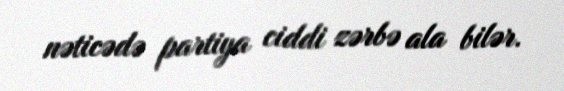
nəticədə partiya ciddi zərbə ala bilər.